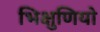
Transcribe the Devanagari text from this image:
भिक्षुणियो